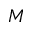
M